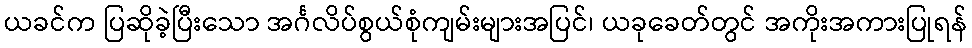
ယခင်က ပြဆိုခဲ့ပြီးသော အင်္ဂလိပ်စွယ်စုံကျမ်းများအပြင်၊ ယခုခေတ်တွင် အကိုးအကားပြုရန်